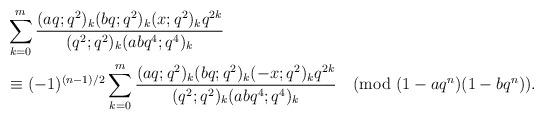
LaTeX: \begin{align*}&\sum_{k=0}^{m}\frac{(aq;q^2)_k (bq;q^2)_k (x;q^2)_k q^{2k}}{(q^2;q^2)_k (abq^4;q^4)_k}\\ &\equiv (-1)^{(n-1)/2}\sum_{k=0}^{m}\frac{(aq;q^2)_k (bq;q^2)_k (-x;q^2)_k q^{2k}}{(q^2;q^2)_k (abq^4;q^4)_k} \pmod{(1-aq^n)(1-bq^n)}.\end{align*}